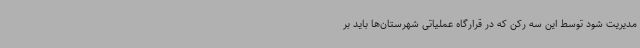
مدیریت شود توسط این سه رکن که در قرارگاه عملیاتی شهرستان‌ها باید بر